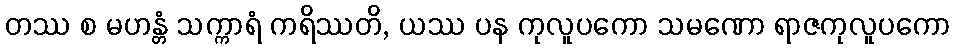
တဿ စ မဟန္တံ သက္ကာရံ ကရိဿတိ, ယဿ ပန ကုလူပကော သမဏော ရာဇကုလူပကော